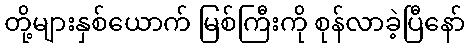
တို့များနှစ်ယောက် မြစ်ကြီးကို စုန်လာခဲ့ပြီနော်